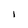
Character: I